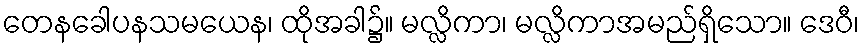
တေနခေါပနသမယေန၊ ထိုအခါ၌။ မလ္လိကာ၊ မလ္လိကာအမည်ရှိသော။ ဒေဝီ၊